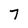
Character: 7